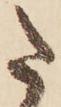
た